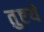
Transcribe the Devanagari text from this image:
तुष्टये